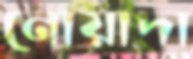
নোয়াদা